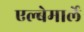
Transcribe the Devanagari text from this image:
एल्बेमार्ले